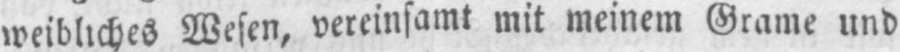
weibliches Wesen, vereinsamt mit meinem Grame und